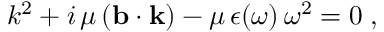
\begin{array} { r } { k ^ { 2 } + i \, \mu \, ( { \bf b } \cdot { \bf k } ) - \mu \, \epsilon ( \omega ) \, \omega ^ { 2 } = 0 \; , } \end{array}